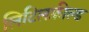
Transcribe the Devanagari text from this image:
लिटिलफ़ील्ड